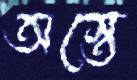
অস্তে